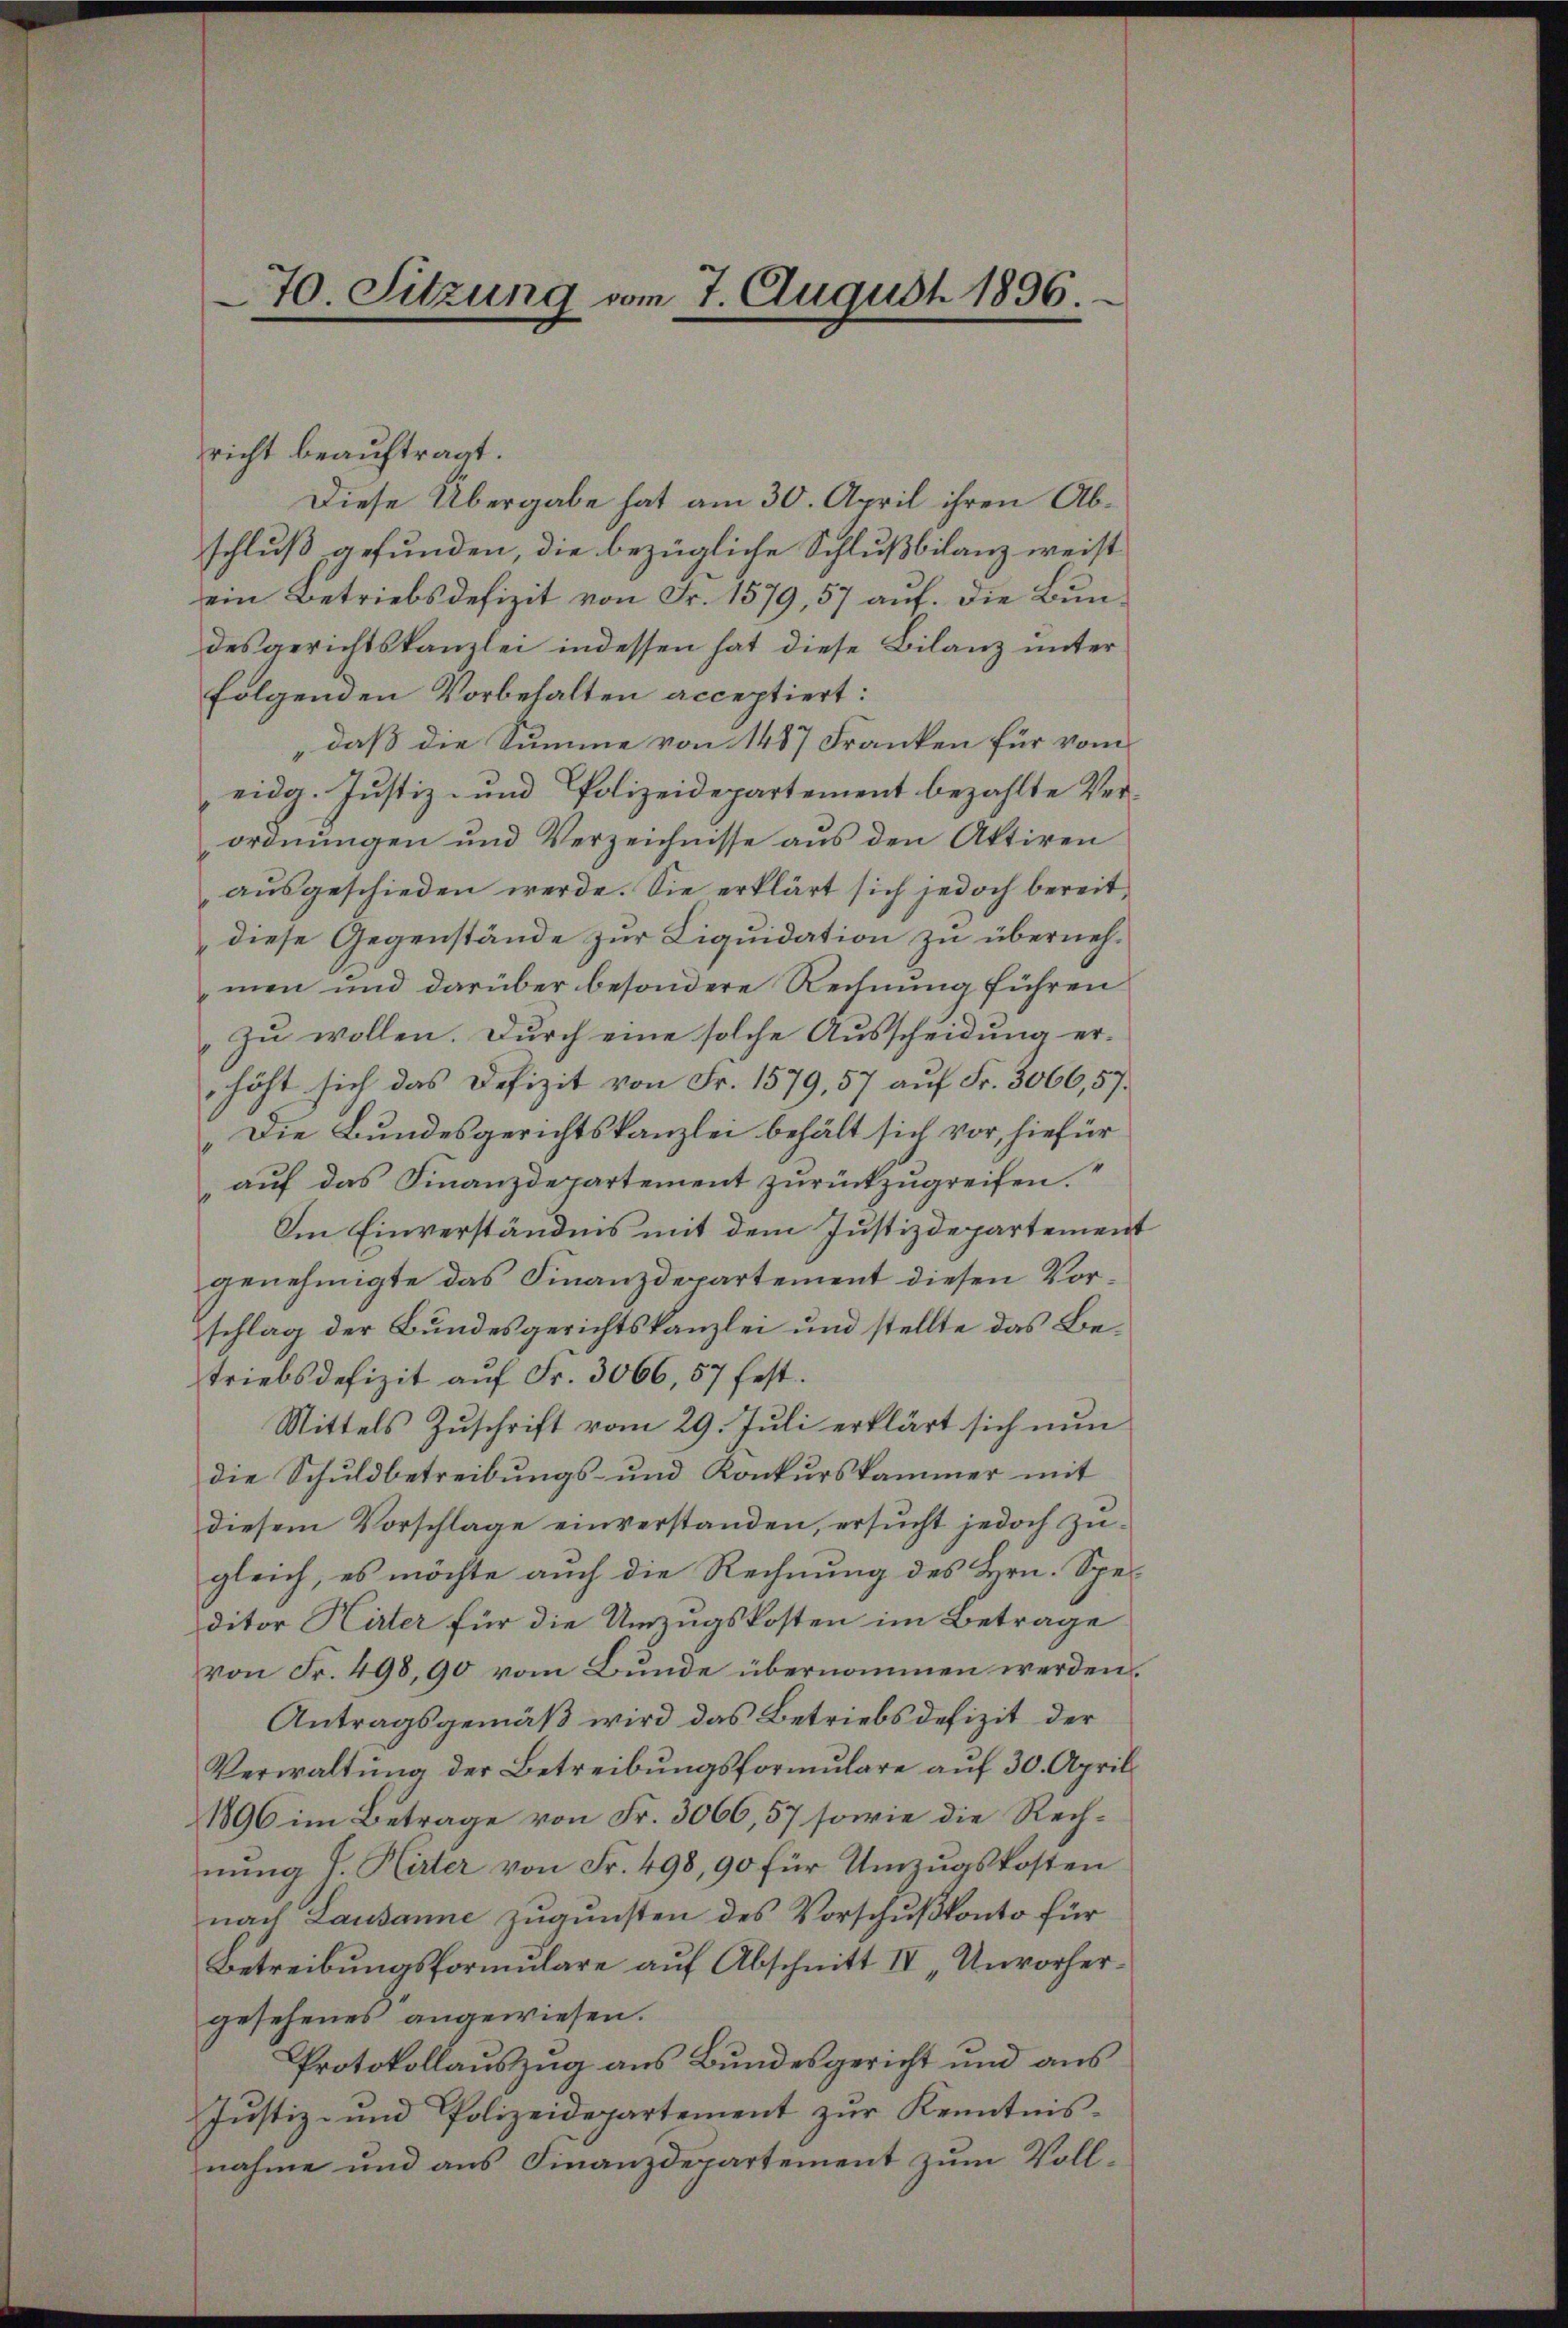
70. Sitzung vom 7. August 1896.

richt beauftragt.
Diese Übergabe hat am 30. April ihren Abschluß gefunden, die bezügliche Schlußbilanz weist
ein Betriebsdefizit von Fr. 1579, 57 auf. Die Bundesgerichtskanzlei indessen hat diese Bilanz unter
folgenden Vorbehalten acceptiert:
„daß die Summe von 1487 Franken für vom
eidg. Justiz- und Polizeidepartement bezahlte Verordnungen und Verzeichnisse aus den Aktiven
aŭsgeschieden werde. Sie erklärt sich jedoch bereit
diese Gegenstände zur Liquidation zu übernehmen und darüber besondere Rechnung führen
Zu wollen. Durch eine solche Ausscheidung erhöht sich das Defizit von Fr. 1579, 57 auf Fr. 3066,57.
„Die Bundesgerichtskanzlei behält sich vor, hiefür
aŭf das Finanzdepartement zŭrückzŭgreifen.
Im Einverständnis mit dem Justizdepartement
genehmigte das Finanzdepartement diesen Vorschlag der Bundesgerichtskanzlei und stellte das Betriebsdefizit auf Fr. 3066, 57 fest.
Mittels Zuschrift vom 29. Juli erklärt sich nun
die Schuldbetreibungs- und Konkurskammer mit
diesem Vorschlage einverstanden, ersucht jedoch Zugleich, es möchte auch die Rechnung des Hrn. Speditor Hirter für die Umzugskosten im Betrage
von Fr. 498,90 vom Bunde übernommen werden.
Antragsgemäß wird das Betriebsdefizit der
Verwaltung der Betreibungsformulare auf 30. April
1896 im Betrage von Fr. 3066,57 sowie die Rechnung J. Hirter von Fr. 498, 90 für Umzugskosten
nach Lausanne zugunsten des Vorschußkonto für
Betreibungsformulare auf Abschnitt IV „Unvorhergesehenes angewiesen.
Protokollauszug aus Bundesgericht und aus
Justiz- und Polizeidepartement zur Kenntnisnahme und aus Finanzdepartement zum Voll¬